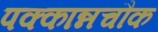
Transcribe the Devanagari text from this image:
पक्कान्नचौक